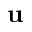
\mathbf { u }